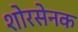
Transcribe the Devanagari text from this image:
शोरसेनक